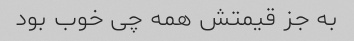
به جز قیمتش همه چی خوب بود